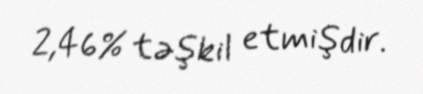
2,46% təşkil etmişdir.